Rangoon Lunatic Asylum 1878-1892 - 1878-1892
Year: 1878
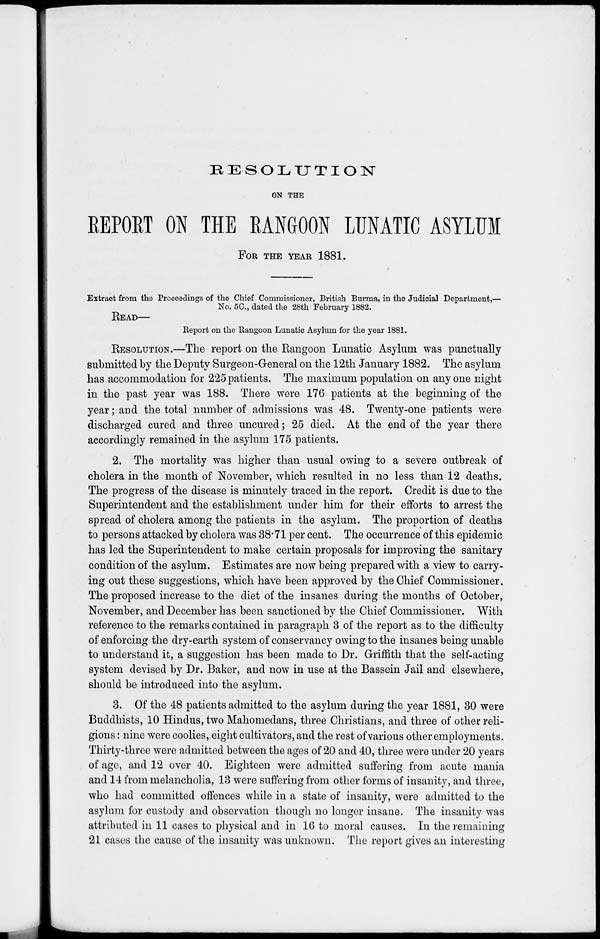
RESOLUTION
ON THE
REPORT ON THE RANGOON LUNATIC ASYLUM
FOR THE YEAR 1881.
Extract from the Proceedings of the Chief Commissioner, British Burma, in the Judicial Department,—
No. 5C., dated the 28th February 1882.
READ—
Report on the Rangoon Lunatic Asylum for the year 1881.
RESOLUTION.—The report on the Rangoon Lunatic Asylum was punctually
submitted by the Deputy Surgeon-General on the 12th January 1882. The asylum
has accommodation for 225 patients. The maximum population on any one night
in the past year was 188. There were 176 patients at the beginning of the
year; and the total number of admissions was 48. Twenty-one patients were
discharged cured and three uncured; 25 died. At the end of the year there
accordingly remained in the asylum 175 patients.
2. The mortality was higher than usual owing to a severe outbreak of
cholera in the month of November, which resulted in no less than 12 deaths.
The progress of the disease is minutely traced in the report. Credit is due to the
Superintendent and the establishment under him for their efforts to arrest the
spread of cholera among the patients in the asylum. The proportion of deaths
to persons attacked by cholera was 38.71 per cent. The occurrence of this epidemic
has led the Superintendent to make certain proposals for improving the sanitary
condition of the asylum. Estimates are now being prepared with a view to carry-
ing out these suggestions, which have been approved by the Chief Commissioner.
The proposed increase to the diet of the insanes during the months of October,
November, and December has been sanctioned by the Chief Commissioner. With
reference to the remarks contained in paragraph 3 of the report as to the difficulty
of enforcing the dry-earth system of conservancy owing to the insanes being unable
to understand it, a suggestion has been made to Dr. Griffith that the self-acting
system devised by Dr. Baker, and now in use at the Bassein Jail and elsewhere,
should be introduced into the asylum.
3. Of the 48 patients admitted to the asylum during the year 1881, 30 were
Buddhists, 10 Hindus, two Mahomedans, three Christians, and three of other reli-
gions : nine were coolies, eight cultivators, and the rest of various other employments.
Thirty-three were admitted between the ages of 20 and 40, three were under 20 years
of age, and 12 over 40. Eighteen were admitted suffering from acute mania
and 14 from melancholia, 13 were suffering from other forms of insanity, and three,
who had committed offences while in a state of insanity, were admitted to the
asylum for custody and observation though no longer insane. The insanity was
attributed in 11 cases to physical and in 16 to moral causes. In the remaining
21 cases the cause of the insanity was unknown. The report gives an interesting